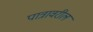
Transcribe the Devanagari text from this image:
पात्रावरील